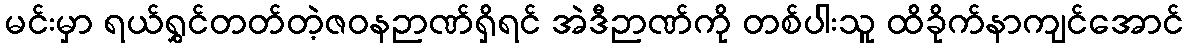
မင်းမှာ ရယ်ရွှင်တတ်တဲ့ဇဝနဉာဏ်ရှိရင် အဲဒီဉာဏ်ကို တစ်ပါးသူ ထိခိုက်နာကျင်အောင်